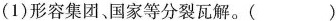
(1)形容集团、国家等分裂瓦解。( )